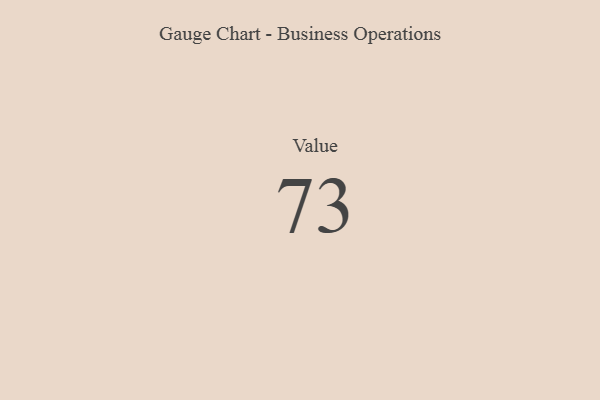
{"axis": {"x": "Metric", "y": "Value"}, "legend": [""], "data": [{"x": "Value", "y": 73, "type": ""}]}